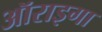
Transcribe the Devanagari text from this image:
ऑराइगा